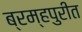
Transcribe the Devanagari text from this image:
ब्रम्हपुरीत